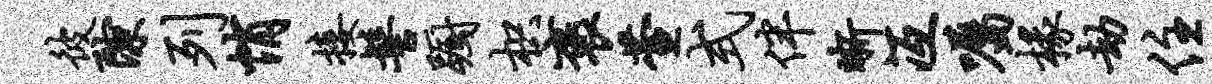
彼隙列悄接髻蹰枳褒萱式伴晰冱嘱椽劫住